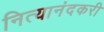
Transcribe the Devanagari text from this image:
नित्यानंदकरी